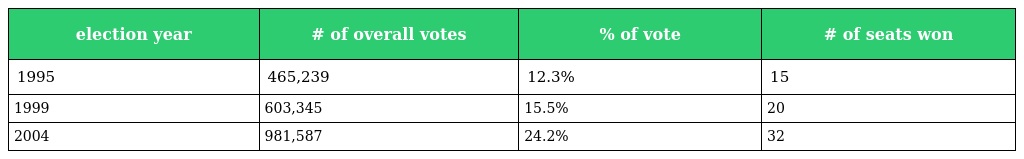
| election year | # of overall votes | % of vote | # of seats won |
 | --- | --- | --- | --- |
 | 1995 | 465,239 | 12.3% | 15 |
 | 1999 | 603,345 | 15.5% | 20 |
 | 2004 | 981,587 | 24.2% | 32 |